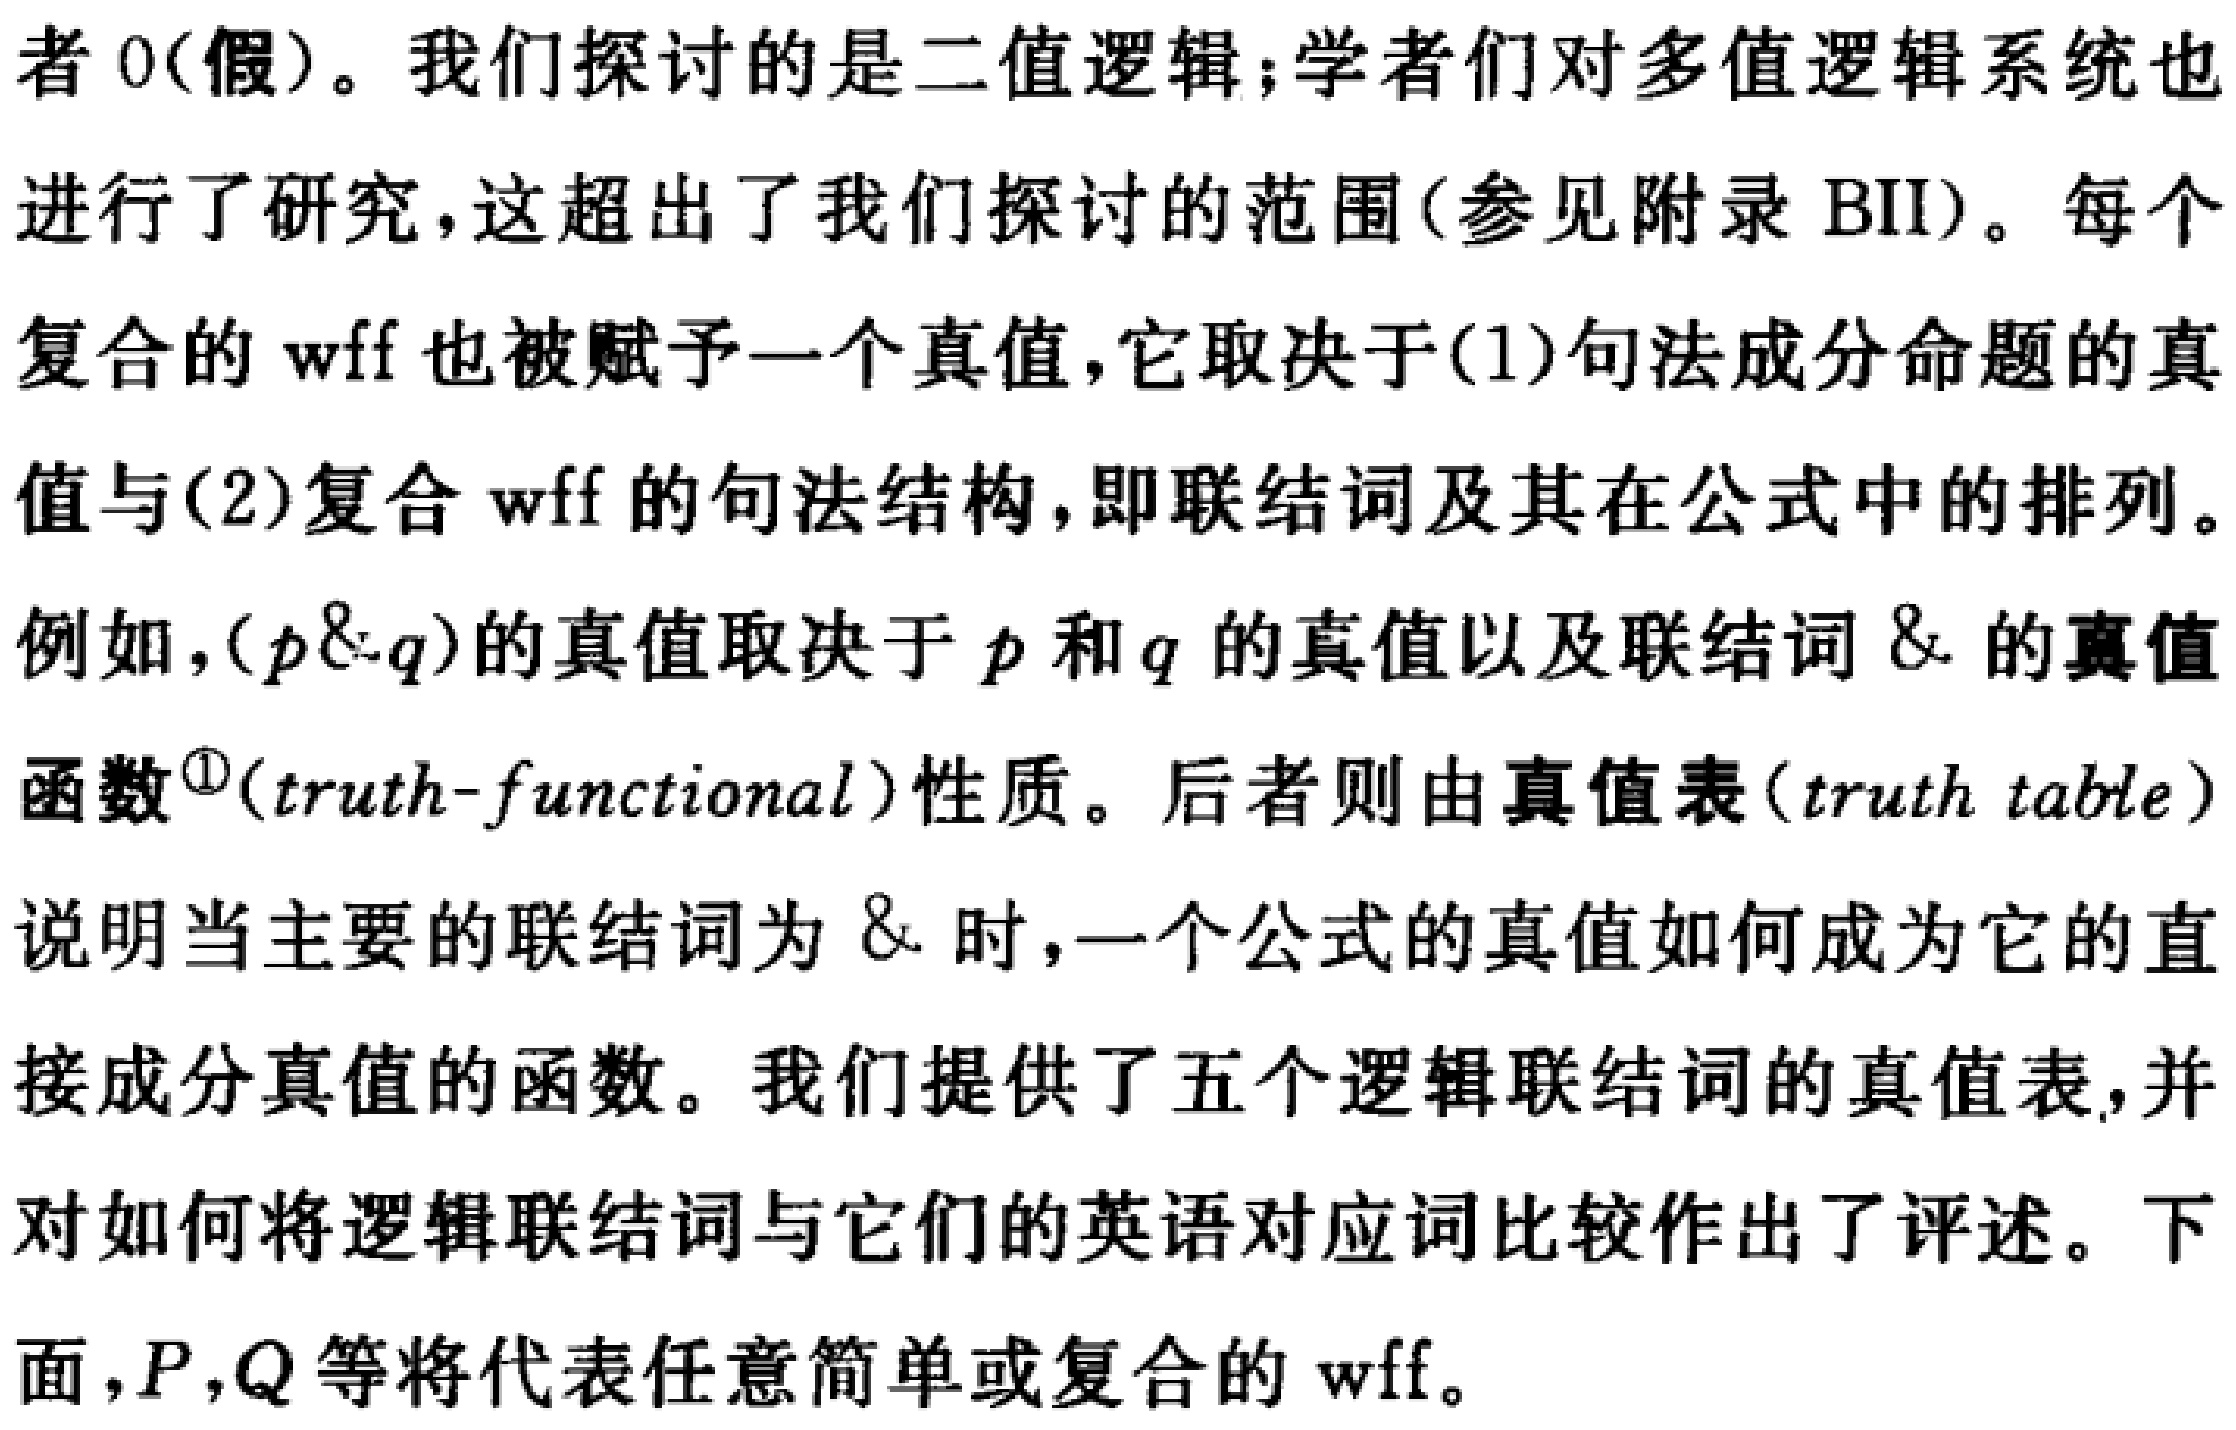
者 0(假)。我们探讨的是二值逻辑;学者们对多值逻辑系统也进行了研究,这超出了我们探讨的范围(参见附录 BII)。每个复合的 wff 也被赋予一个真值,它取决于(1)句法成分命题的真值与(2)复合 wff 的句法结构,即联结词及其在公式中的排列。例如,$(p\& q)$的真值取决于$p$和$q$的真值以及联结词$\&$的真值函数\footnote{$(truth - functional)$}性质。后者则由真值表$(truth\ table)$说明当主要的联结词为$\&$时,一个公式的真值如何成为它的直接成分真值的函数。我们提供了五个逻辑联结词的真值表,并对如何将逻辑联结词与它们的英语对应词比较作出了评述。下面,$P,Q$等将代表任意简单或复合的 wff。